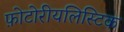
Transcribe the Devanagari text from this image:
फ़ोटोरीयलिस्टिक